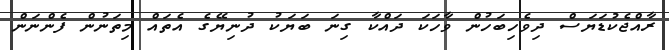
ރާއްޖެކުޑަޔަސް ދިވެހިބަހުން ވާހަކަ ދައްކާ ގިނަ ބަޔަކު ދުނިޔޭގެ އެތައް މިތަނުން ފެންނަން